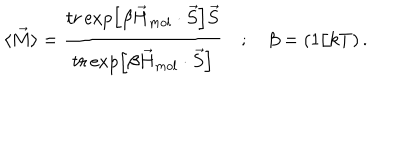
\langle \vec { M } \rangle = \frac { t r \exp \left[ \beta \vec { H } _ { m o l } \cdot \vec { S } \right] \vec { S } } { t r \exp \left[ \beta \vec { H } _ { m o l } \cdot \vec { S } \right] } \quad ; \quad \beta = ( 1 / k T ) \, .